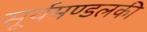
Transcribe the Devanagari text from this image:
सूर्यमण्डलकी